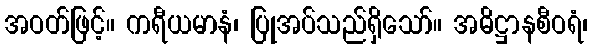
အဝတ်ဖြင့်။ ကရီယမာနံ၊ ပြုအပ်သည်ရှိသော်။ အဓိဋ္ဌာနစီဝရံ၊